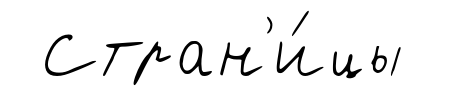
Стран'и́цы